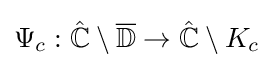
\Psi _{c}:{\hat {\mathbb {C} }}\setminus {\overline {\mathbb {D} }}\to {\hat {\mathbb {C} }}\setminus K_{c}